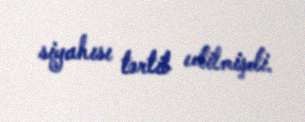
siyahısı tərtib edilmişdi.